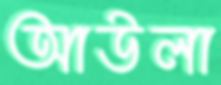
আউলা